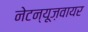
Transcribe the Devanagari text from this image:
नेटन्यूज़वायर